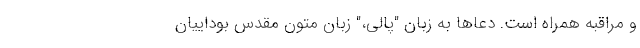
و مراقبه همراه است. دعاها به زبان "پالی،" زبان متون مقدس بوداییان